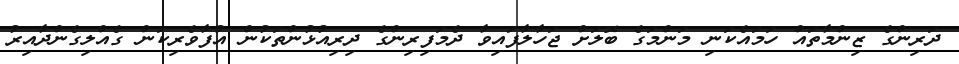
ދަރިންގެ ޒިންމާތައް ހަމައެކަނި މަންމަގެ ބޮލަށް ޖަހާލާފައިވާ ދެމަފިރިންގެ ދިރިއުޅުންތަކުން އުފާވެރިކަން ގެއްލިގެންދާއިރު